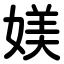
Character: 媄